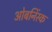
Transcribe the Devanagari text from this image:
ओबनिंस्क